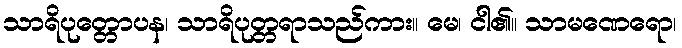
သာရိပုတ္တောပန၊ သာရိပုတ္တရာသည်ကား။ မေ၊ ငါ၏။ သာမဏေရော၊